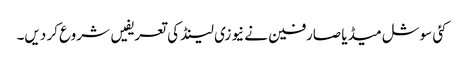
کئی سوشل میڈیا صارفین نے نیوزی لینڈ کی تعریفیں شروع کر دیں۔